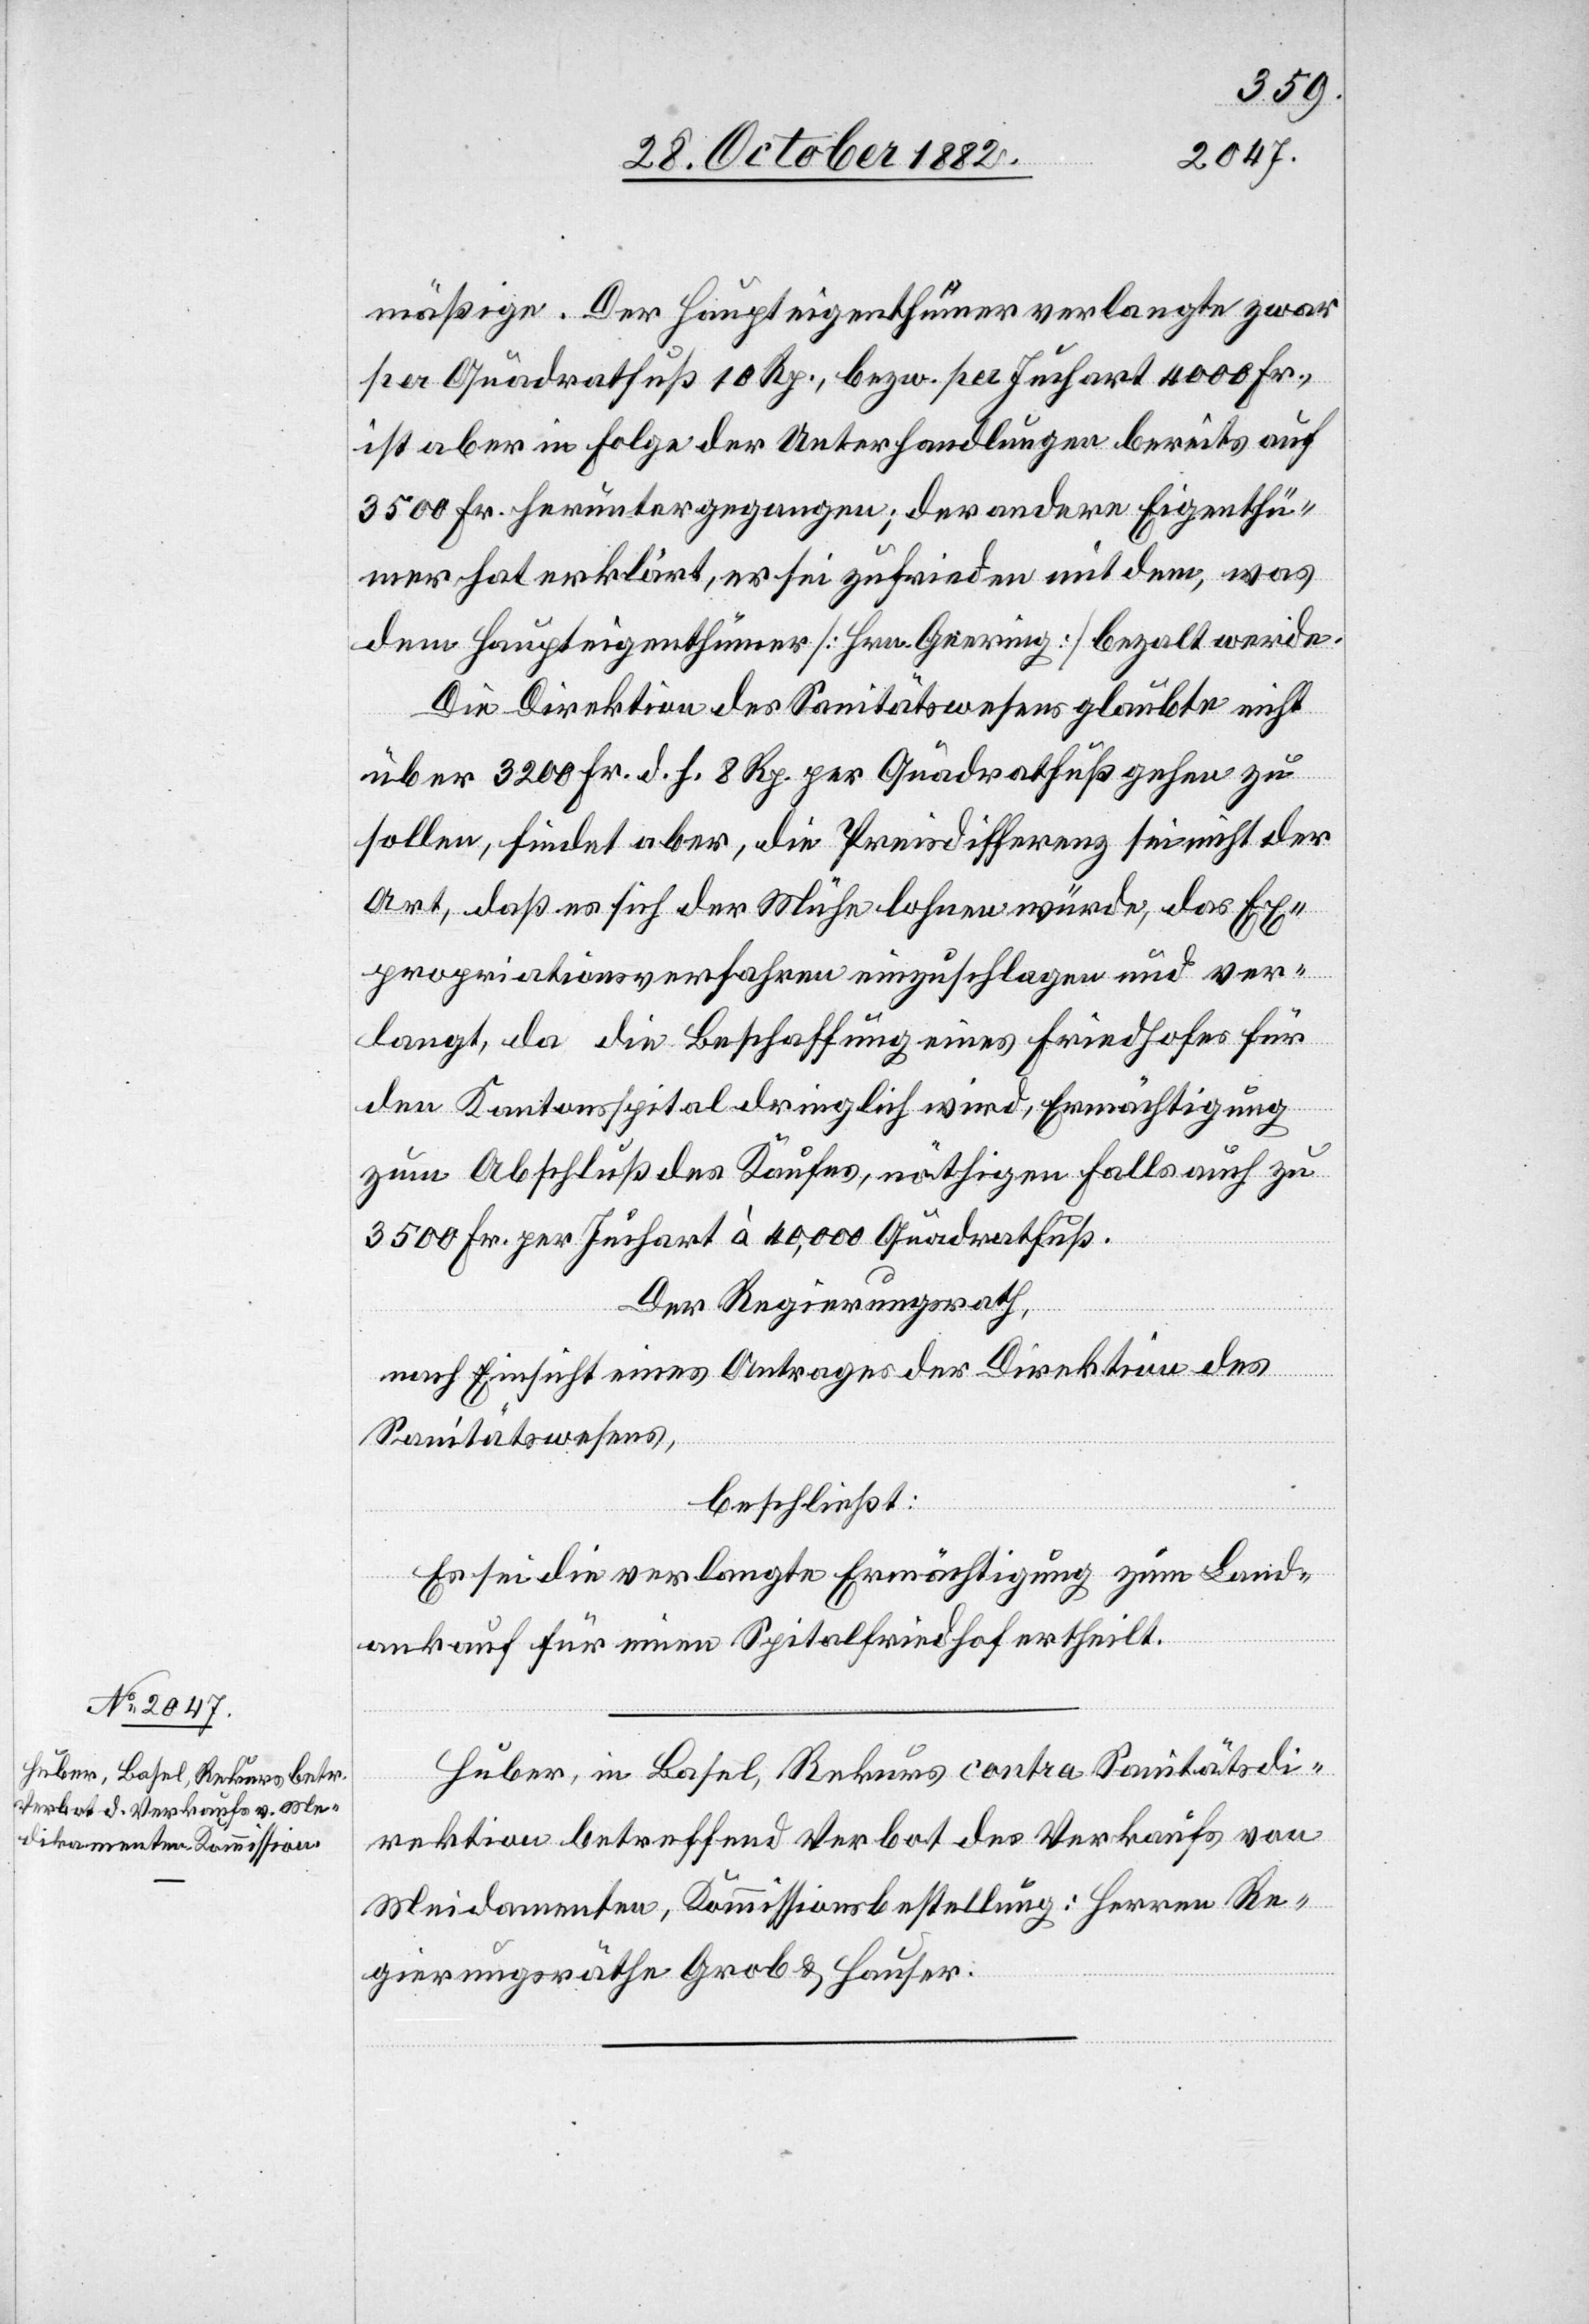
mäßige. Der Haupteigenthümer verlangte zwar
per Quadratfuß 10 Rp., bezw. per Juchart 4000 Fr.,
ist aber in Folge der Unterhandlungen bereits auf
3500 Fr. heruntergegangen; der andere Eigenthü¬
mer hat erklärt, er sei zufrieden mit dem, was
dem Haupteigenthümer [Hrn. Geering] bezahlt werde.
Die Direktion des Sanitätswesens glaubte nicht
über 3200 Fr. d. h. 8. Rp. per Quadratfuß gehen zu
sollen, findet aber, die Preisdifferenz sei nicht der
Art, daß es sich der Mühe lohnen würde, das Ex¬
propriationsverfahren einzuschlagen und ver¬
langt, da die Beschaffung eines Friedhofes für
den Kantonsspital dringlich wird, Ermächtigung
zum Abschluß des Kaufes, nöthigen Falls auch zu
3500 Fr. per Juchart à 40,000 Quadratfuß.
Der Regierungsrath,
nach Einsicht eines Antrages der Direktion des
Sanitätswesens,
beschließt:
Es sei die verlangte Ermächtigung zum Land¬
ankauf für einen Spitalfriedhof ertheilt.
Huber, in Basel, Rekurs contra Sanitätsdi¬
rektion betreffend Verbot des Verkaufs von
Medikamenten], Kommissionsbestellung: Herren Re¬
gierungsräthe Grob & Hauser.